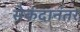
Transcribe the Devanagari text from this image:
सेकंदानंतर